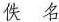
佚 名